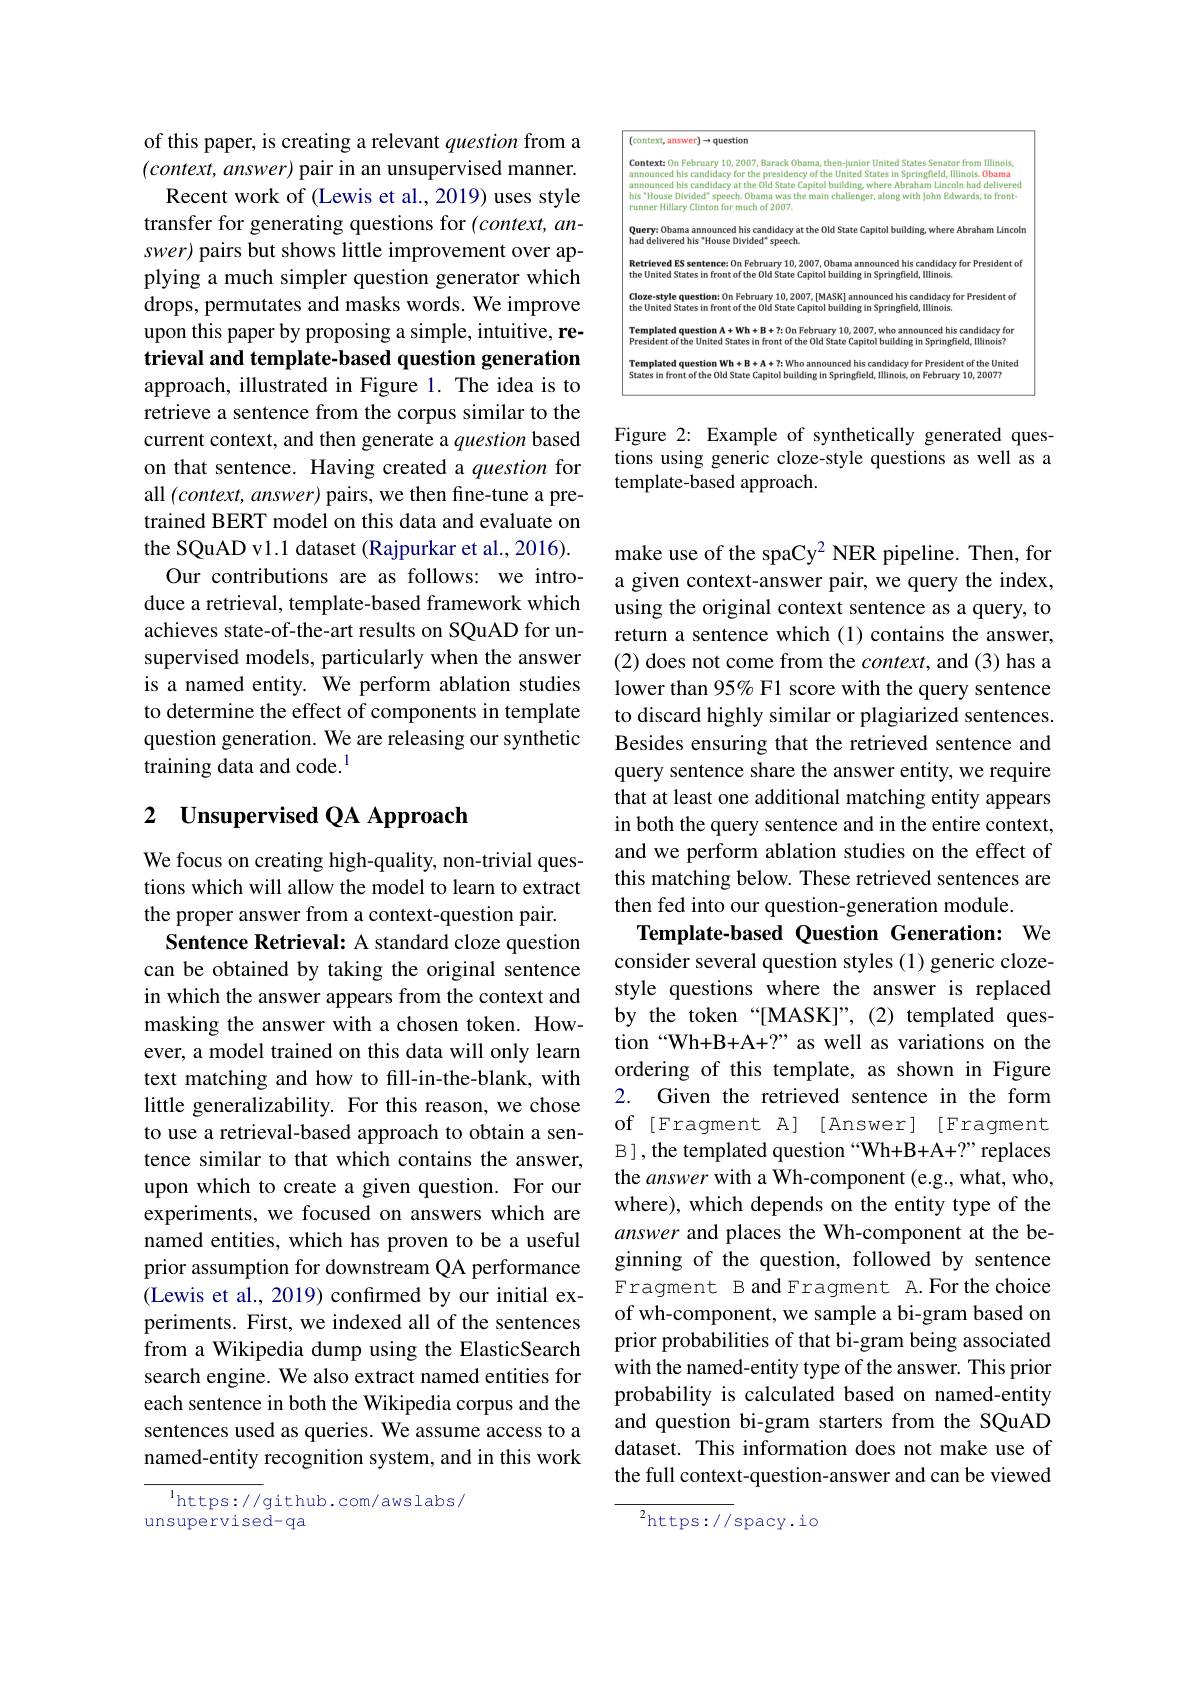
of this paper, is creating a relevant question from a $(context,answer)$ pair in an unsupervised manner.
Recent work of (Lewis et al., 2019) uses style transfer for generating questions for (context, answer) pairs but shows little improvement over applying a much simpler question generator which drops, permutates and masks words. We improve upon this paper by proposing a simple, intuitive, retrieval and template-based question generation approach, illustrated in Figure 1. The idea is to retrieve a sentence from the corpus similar to the current context, and then generate a question based on that sentence. Having created a question for all $(context,answer)$ pairs, we then fine-tune a pretrained BERT model on this data and evaluate on the SQuAD v1.1 dataset (Rajpurkar et al., 2016).
Our contributions are as follows: we introduce a retrieval, template-based framework which achieves state-of-the-art results on SQuAD for unsupervised models, particularly when the answer is a named entity. We perform ablation studies to determine the effect of components in template question generation. We are releasing our synthetic training data and code.$^{1}$

# 2 Unsupervised QA Approach

We focus on creating high-quality, non-trivial questions which will allow the model to learn to extract the proper answer from a context-question pair.
Sentence Retrieval: A standard cloze question can be obtained by taking the original sentence in which the answer appears from the context and masking the answer with a chosen token. However, a model trained on this data will only learn text matching and how to fill-in-the-blank, with little generalizability. For this reason, we chose to use a retrieval-based approach to obtain a sentence similar to that which contains the answer, upon which to create a given question. For our experiments, we focused on answers which are named entities, which has proven to be a useful prior assumption for downstream QA performance (Lewis et al., 2019) confirmed by our initial experiments. First, we indexed all of the sentences from a Wikipedia dump using the ElasticSearch search engine. We also extract named entities for each sentence in both the Wikipedia corpus and the sentences used as queries. We assume access to a named-entity recognition system, and in this work

$^{1}$https://github.com/awslabs/
unsupervised-qa

<FigureHere>

Figure 2: Example of synthetically generated questions using generic cloze-style questions as well as a template-based approach.

make use of the spaCy$^2$ NER pipeline. Then, for a given context-answer pair, we query the index, using the original context sentence as a query, to return a sentence which (1) contains the answer, (2) does not come from the $context$, and (3) has a lower than 95% F1 score with the query sentence to discard highly similar or plagiarized sentences. Besides ensuring that the retrieved sentence and query sentence share the answer entity, we require that at least one additional matching entity appears in both the query sentence and in the entire context, and we perform ablation studies on the effect of this matching below. These retrieved sentences are then fed into our question-generation module.

Template-based Question Generation: We

consider several question styles (1) generic clozestyle questions where the answer is replaced by the token “[MASK]”,(2) templated question“Wh+B+A+?” as well as variations on the ordering of this template, as shown in Figure 2. Given the retrieved sentence in the form of [Fragment A] [Answer] [Fragment B], the templated question “Wh+B+A+?”replaces the answer with a Wh-component (e.g., what, who, where), which depends on the entity type of the answer and places the Wh-component at the beginning of the question, followed by sentence Fragment B and Fragment A.For the choice of wh-component, we sample a bi-gram based on prior probabilities of that bi-gram being associated with the named-entity type of the answer. This prior probability is calculated based on named-entity and question bi-gram starters from the SQuAD dataset. This information does not make use of the full context-question-answer and can be viewed
${{^{2}\mathrm{https://}}}$spacy.io